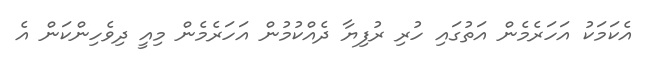
އެކަމަކު އަހަރެމެން އަތުގައި ހުރި ރުފިޔާ ދެއްކުމުން އަހަރެމެން މިއީ ދިވެހިންކަން އެ